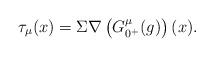
LaTeX: \begin{align*}\tau_\mu(x) = \Sigma \nabla \left(G^\mu_{0^+}(g)\right)(x).\end{align*}